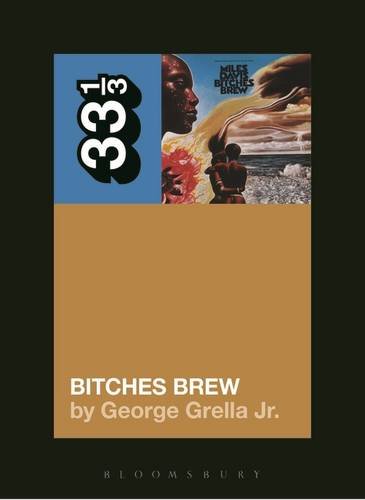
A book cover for Miles Davis' Bitches Brew (33 1/3); George Grella; Arts & Photography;